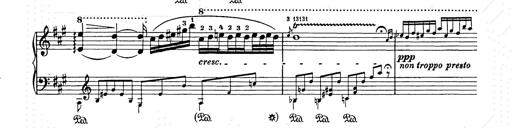
Title: Berceuse
Composer: Lucien Wurmser
Key: A major